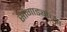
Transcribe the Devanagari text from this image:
सांगाड्यांच्या